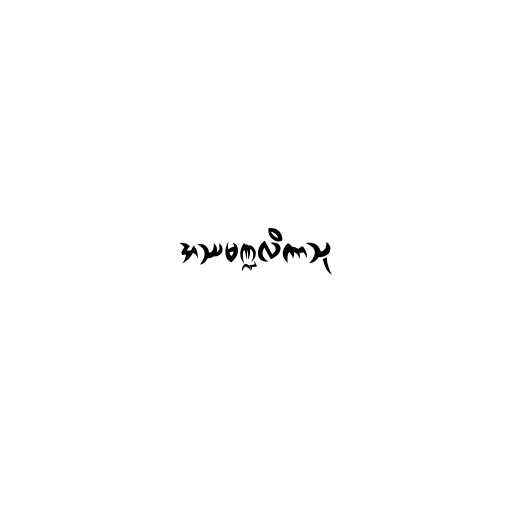
အဿမဏ္ဍလိကာသု